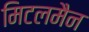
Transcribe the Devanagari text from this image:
मिटलमैन